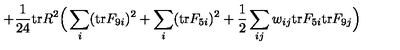
+ { \frac { 1 } { 2 4 } } \mathrm { t r } R ^ { 2 } \Big ( \sum _ { i } ( \mathrm { t r } F _ { 9 i } ) ^ { 2 } + \sum _ { i } ( \mathrm { t r } F _ { 5 i } ) ^ { 2 } + { \frac { 1 } { 2 } } \sum _ { i j } w _ { i j } \mathrm { t r } F _ { 5 i } \mathrm { t r } F _ { 9 j } \Big )